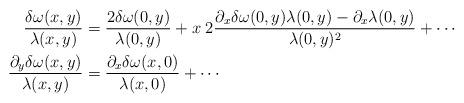
LaTeX: \begin{align*}\frac{\delta \omega(x,y)}{\lambda(x,y)} &= \frac{2 \delta \omega(0,y)}{\lambda(0,y)} + x \; 2\frac{\partial_x \delta \omega(0,y) \lambda(0,y) - \partial_x \lambda(0,y) }{\lambda(0,y)^2}+ \cdots \\ \frac{\partial_y \delta \omega(x,y)}{ \lambda(x,y) } &= \frac{\partial_x \delta \omega(x,0)}{ \lambda(x,0) } + \cdots\end{align*}